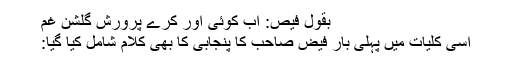
بقول فیص: اب کوئی اور کرے پرورش گلشن غم
اسی کلیات میں پہلی بار فیض صاحب کا پنجابی کا بھی کلام شامل کیا گیا: